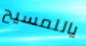
ياللمسيح